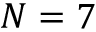
N = 7